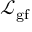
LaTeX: { \mathcal { L } } _ { \mathrm { g f } }